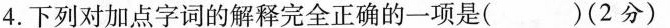
4.下列对加点字词的解释完全正确的一项是( )(2分)